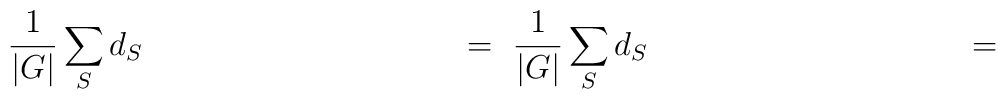
\rule[-1.5cm]{0cm}{4cm}\frac{1}{|G|}\sum_S d_S\hspace{4cm}=\ \frac{1}{|G|}\sum_S d_S\hspace{4cm}=